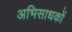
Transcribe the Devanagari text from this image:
अभिसाधकों